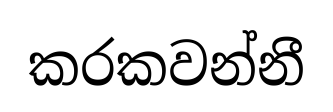
කරකවන්නී